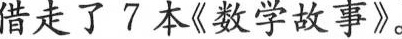
借走了7本《数学故事》。